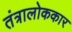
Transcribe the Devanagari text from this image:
तंत्रालोककार